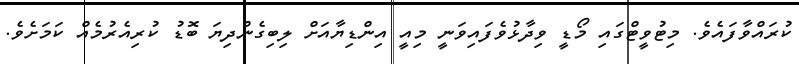
ކުރައްވާފައެވެ. މިޓުވީޓްގައި މޯޑީ ވިދާޅުވެފައިވަނީ މިއީ އިންޑިޔާއަށް ލިބިގެންދިޔަ ބޮޑު ކުރިއެރުމެއް ކަމަށެވެ.